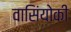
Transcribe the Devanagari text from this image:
वासिंयोकी